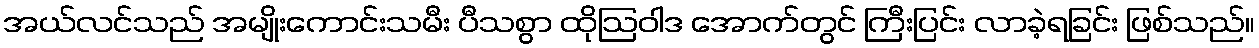
အယ်လင်သည် အမျိုးကောင်းသမီး ပီသစွာ ထိုဩဝါဒ အောက်တွင် ကြီးပြင်း လာခဲ့ရခြင်း ဖြစ်သည်။